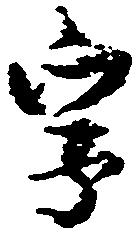
字